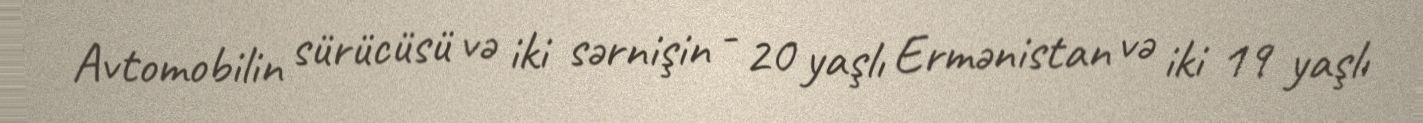
Avtomobilin sürücüsü və iki sərnişin - 20 yaşlı Ermənistan və iki 19 yaşlı